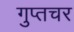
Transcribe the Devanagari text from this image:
गुप्‍तचर